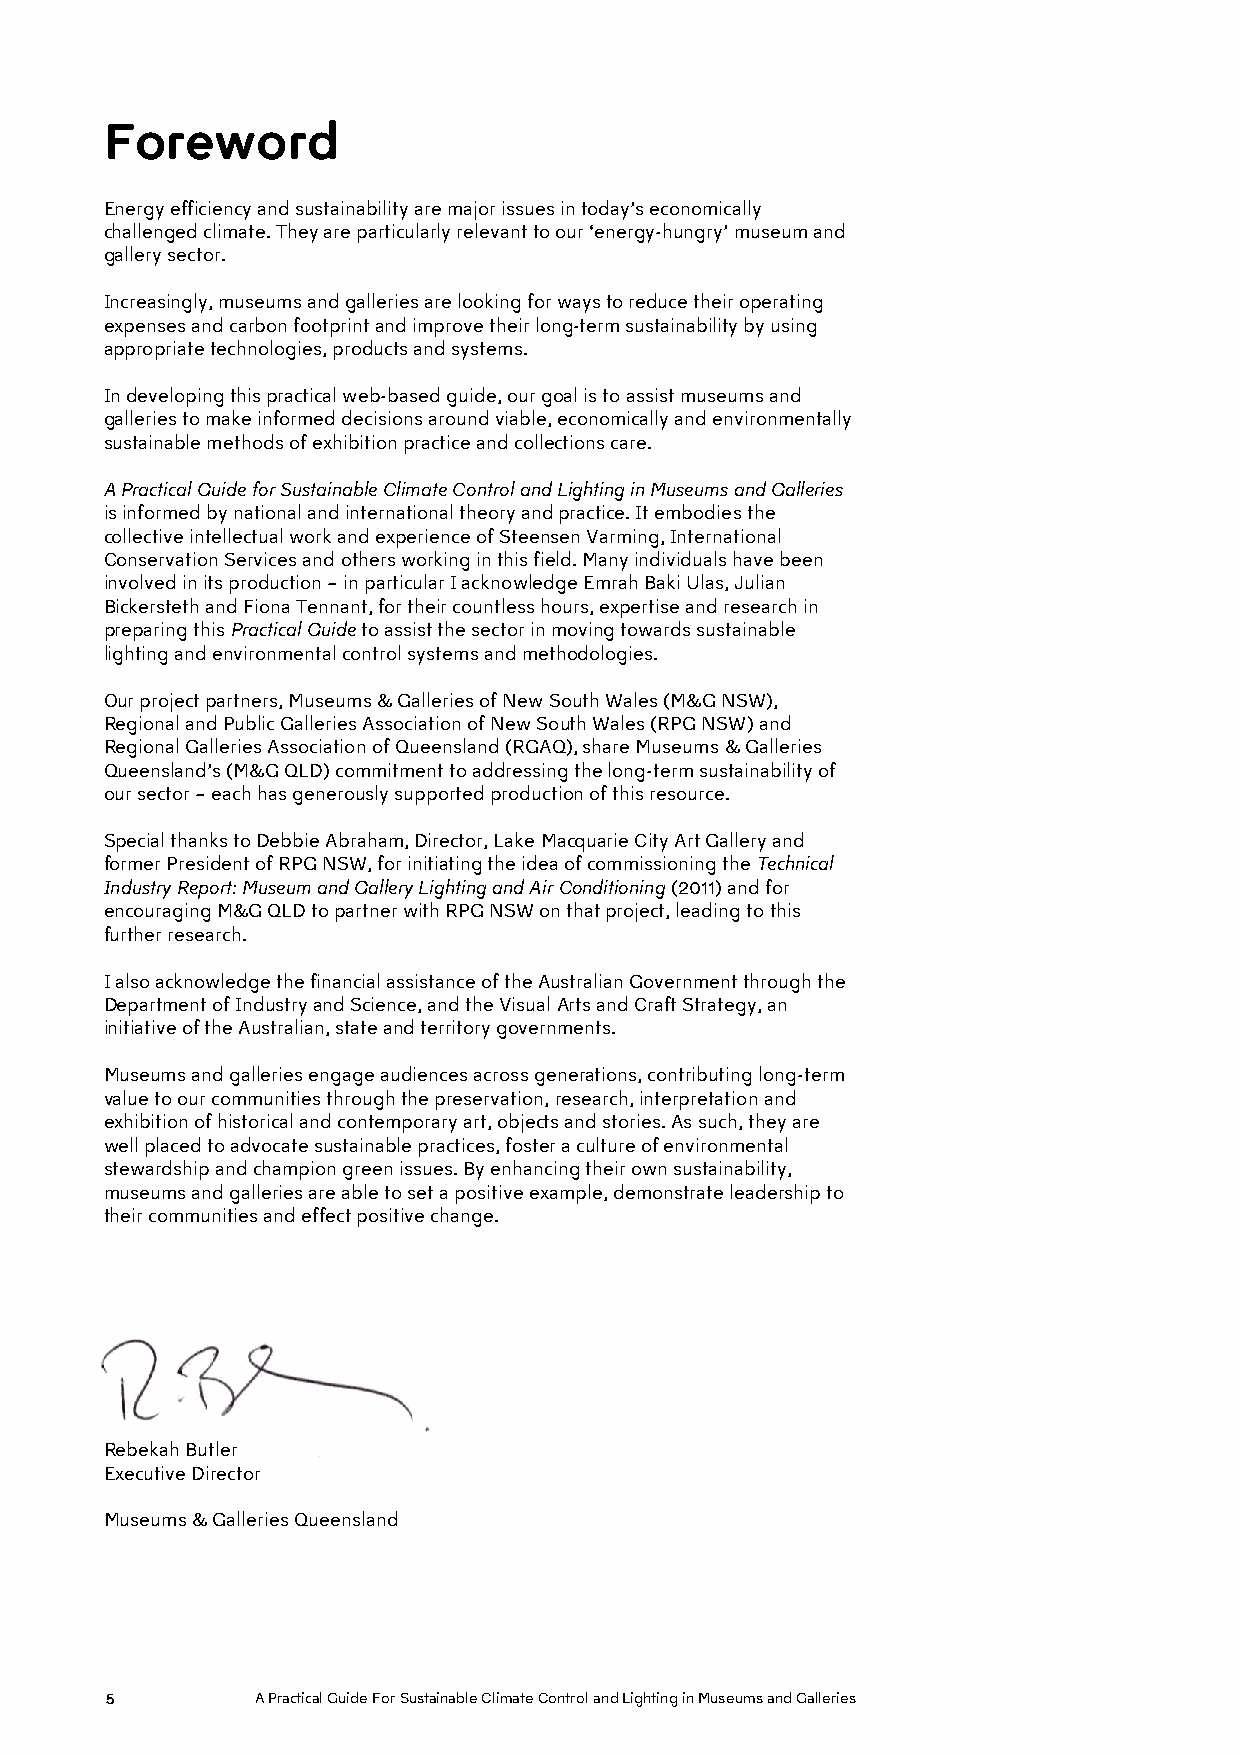
Foreword
 Energy efficiency and sustainability are major issues in today’s economically
 challenged climate. They are particularly relevant to our ‘energy-hungry’ museum and
 gallery sector.
 Increasingly, museums and galleries are looking for ways to reduce their operating
 expenses and carbon footprint and improve their long-term sustainability by using
 appropriate technologies, products and systems.
 In developing this practical web-based guide, our goal is to assist museums and
 galleries to make informed decisions around viable, economically and environmentally
 sustainable methods of exhibition practice and collections care.
 A Practical Guide for Sustainable Climate Control and Lighting in Museums and Galleries
 is informed by national and international theory and practice. It embodies the
 collective intellectual work and experience of Steensen Varming, International
 Conservation Services and others working in this field. Many individuals have been
 involved in its production – in particular I acknowledge Emrah Baki Ulas, Julian
 Bickersteth and Fiona Tennant, for their countless hours, expertise and research in
 preparing this Practical Guide to assist the sector in moving towards sustainable
 lighting and environmental control systems and methodologies.
 Our project partners, Museums & Galleries of New South Wales (M&G NSW),
 Regional and Public Galleries Association of New South Wales (RPG NSW) and
 Regional Galleries Association of Queensland (RGAQ), share Museums & Galleries
 Queensland’s (M&G QLD) commitment to addressing the long-term sustainability of
 our sector – each has generously supported production of this resource.
 Special thanks to Debbie Abraham, Director, Lake Macquarie City Art Gallery and
 former President of RPG NSW, for initiating the idea of commissioning the Technical
 Industry Report: Museum and Gallery Lighting and Air Conditioning (2011) and for
 encouraging M&G QLD to partner with RPG NSW on that project, leading to this
 further research.
 I also acknowledge the financial assistance of the Australian Government through the
 Department of Industry and Science, and the Visual Arts and Craft Strategy, an
 initiative of the Australian, state and territory governments.
 Museums and galleries engage audiences across generations, contributing long-term
 value to our communities through the preservation, research, interpretation and
 exhibition of historical and contemporary art, objects and stories. As such, they are
 well placed to advocate sustainable practices, foster a culture of environmental
 stewardship and champion green issues. By enhancing their own sustainability,
 museums and galleries are able to set a positive example, demonstrate leadership to
 their communities and effect positive change.
 Rebekah Butler
 Executive Director
 Museums & Galleries Queensland
 5         A Practical Guide For Sustainable Climate Control and Lighting in Museums and Galleries